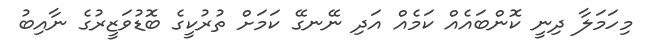
މިހަމަލާ ދިނީ ކޮންބައެއް ކަމެއް އަދި ނޭނގޭ ކަމަށް ތުރުކީގެ ބޮޑުވަޒީރުގެ ނާއިބު